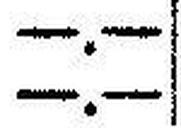
—.—